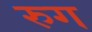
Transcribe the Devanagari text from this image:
रुग